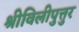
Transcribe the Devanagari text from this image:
श्रीविलीपुत्तुर